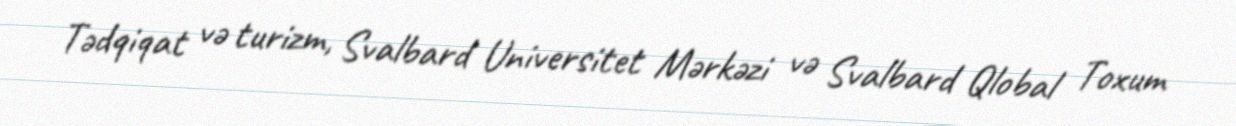
Tədqiqat və turizm, Svalbard Universitet Mərkəzi və Svalbard Qlobal Toxum